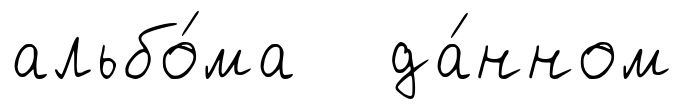
альбо́ма да́нном